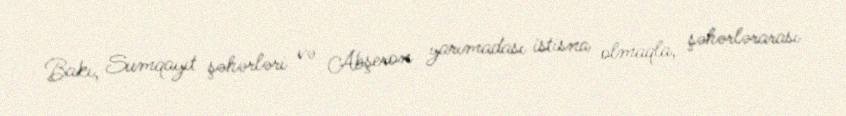
Bakı, Sumqayıt şəhərləri və Abşeron yarımadası istisna olmaqla, şəhərlərarası